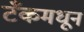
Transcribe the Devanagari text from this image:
टँकमधून